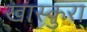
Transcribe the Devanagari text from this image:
खास्कुरा